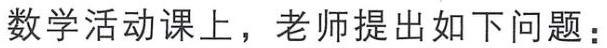
数学活动课上，老师提出如下问题：